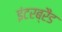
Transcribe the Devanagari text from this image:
इंटरब्रैंड